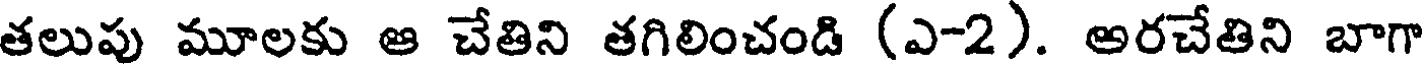
తలుపు మూలకు ఆ చేతిని తగిలించండి (ఎ-2). అరచేతిని బాగా